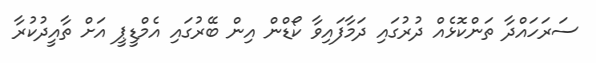
ސަރަހައްދާ ތަންކޮޅެއް ދުރުގައި ދަމާފައިވާ ކޯޑްން އިން ބޭރުގައި އެމްޑީޕީ އަށް ތާއީދުކުރާ